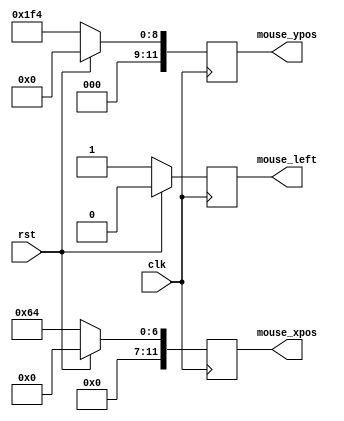
`timescale 1ns / 1ps

module draw_rect_ctl_tb(
    input wire clk,
    input wire rst,
    output reg mouse_left,
    output reg [11:0] mouse_xpos,
    output reg [11:0] mouse_ypos
    );

always @(posedge clk)
begin
    if(rst)
    begin
        mouse_left = 0;
        mouse_xpos = 0;
        mouse_ypos = 0;
    end
    else
    begin
        mouse_left = 1;
        mouse_xpos = 100;
        mouse_ypos = 500;
    end
end

endmodule